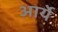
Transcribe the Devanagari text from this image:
आर्ये